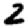
Digit: 2